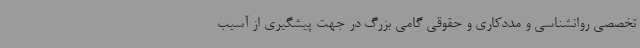
تخصصی روانشناسی و مددکاری و حقوقی گامی بزرگ در جهت پیشگیری از آسیب